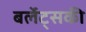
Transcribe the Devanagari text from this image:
बर्लेट्सकी